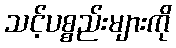
သင့်ပစ္စည်းများကို